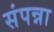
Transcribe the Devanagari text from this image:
संपन्ना